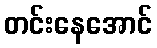
တင်းနေအောင်